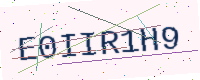
Text: E0IIR1H9